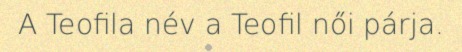
A Teofila név a Teofil női párja.